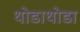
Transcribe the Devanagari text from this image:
थोडाथोडा